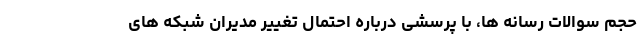
حجم سوالات رسانه ها، با پرسشی درباره احتمال تغییر مدیران شبکه های